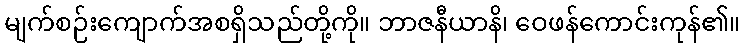
မျက်စဉ်းကျောက်အစရှိသည်တို့ကို။ ဘာဇနီယာနိ၊ ဝေဖန်ကောင်းကုန်၏။